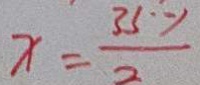
x = \frac { 3 5 \cdot y } { 2 }